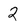
Character: 2